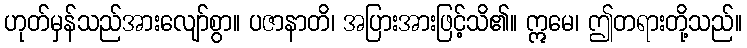
ဟုတ်မှန်သည်အားလျော်စွာ။ ပဇာနာတိ၊ အပြားအားဖြင့်သိ၏။ ဣမေ၊ ဤတရားတို့သည်။